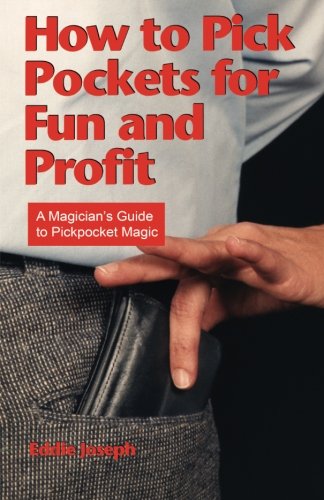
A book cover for How to Pick Pockets for Fun and Profit: A Magician's Guide to Pickpocket Magic (Magician's Guide to Pickpocketing); Eddie Joseph; Humor & Entertainment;